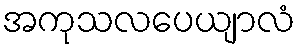
အကုသလပေယျာလံ